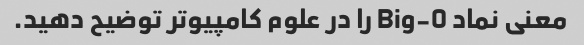
معنی نماد Big-O را در علوم کامپیوتر توضیح دهید.